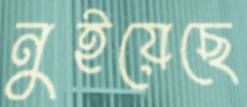
নুইয়েছে